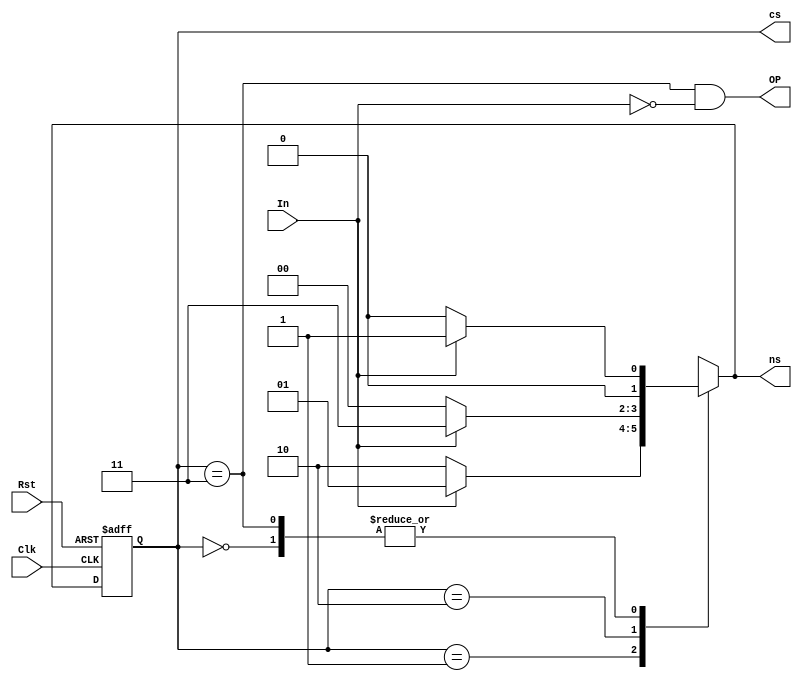
`timescale 1ns / 1ps
//////////////////////////////////////////////////////////////////////////////////

// ID           : N180116
// Branch       : ECE
// Project Name : IMPLEMENTATION OF FINITTE STATE MACHINES USING VERILOG
// Design Name  : SEQUENCE DETECTOR 1010 USING MEALY MACHINE(NON OVERLAPPING) 
// Module Name  : mealy_1010_seq_det_non_over
// RGUKT NUZVID 
//////////////////////////////////////////////////////////////////////////////////


module mealy_1010_seq_det_non_over(Clk,Rst,In,OP,cs,ns);
input Clk,Rst,In; // Input signals
output OP;        // Output signal
output [1:0]cs,ns; // To represent the present and next states


parameter s0   = 0,  // state registers
		  s1   = 1, 
		  s10  = 2,
		  s101 = 3;
		  
reg [1:0]C_State,N_State; // state declarations 

// State register 

always @(posedge Clk,negedge Rst) begin

	if(!Rst)
	begin
		C_State <= s0;
	end
	
	else begin
		C_State <= N_State;
	end
end

// Next state logic

always @(C_State,In) begin

	case(C_State)
	
		s0  : N_State <= In ? s1:s0 ;

		s1  : N_State <= In ? s1:s10 ;

		s10 : N_State <= In ? s101:s0 ;

		s101: N_State <= In ? s1:s0 ;

		default : N_State <= s0;
		
	endcase
end

// Output logic

assign OP = ((C_State == s101 ) && (!In) );



assign cs = C_State;
assign ns = N_State;

endmodule